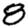
Digit: 8